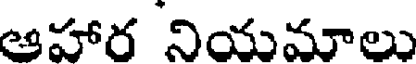
ఆహార నియమాలు